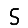
Digit: 5